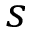
s